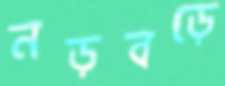
নড়বড়ে